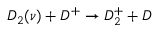
D _ { 2 } ( \nu ) + D ^ { + } \rightarrow D _ { 2 } ^ { + } + D